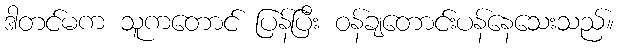
ဒါတင်မက သူကတောင် ပြန်ပြီး ဝန်ချတောင်းပန်နေသေးသည်။